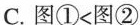
C.图①<图②